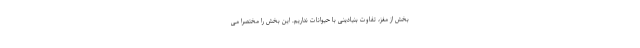
بخش از مغز، تفاوت بنیادینی با حیوانات نداریم. این بخش را مختصراً می